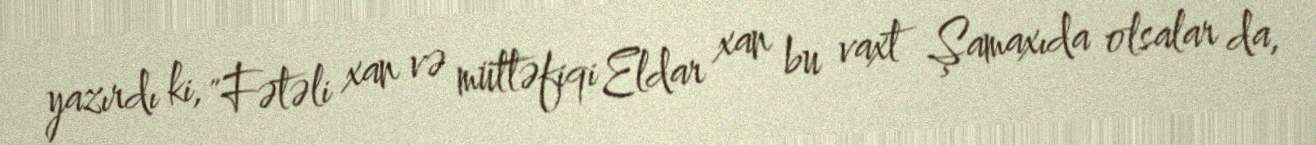
yazırdı ki, "Fətəli xan və müttəfiqi Eldar xan bu vaxt Şamaxıda olsalar da,